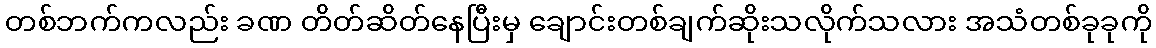
တစ်ဘက်ကလည်း ခဏ တိတ်ဆိတ်နေပြီးမှ ချောင်းတစ်ချက်ဆိုးသလိုက်သလား အသံတစ်ခုခုကို